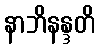
နာဘိနန္ဒတိ